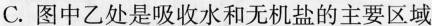
C.图中乙处是吸收水和无机盐的主要区域